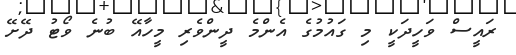
ރައީސް ވަހީދަކީ މި ގައުމުގެ އެންމެ ދީންވެރި މީހާއޭ ބުނެ ވޯޓު ދޭށޭ